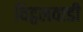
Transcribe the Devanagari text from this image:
विट्ठलवाडी